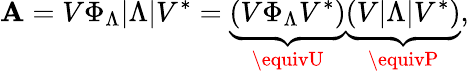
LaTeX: \mathbf{A}=V\Phi_{\Lambda}|\Lambda|V^{*}=\underbrace{{\left(V\Phi_{\Lambda}V^{*}\right)}}_{\equivU}\underbrace{{\left(V|\Lambda|V^{*}\right)}}_{\equivP},